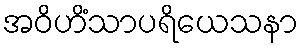
အဝိဟိံသာပရိယေသနာ